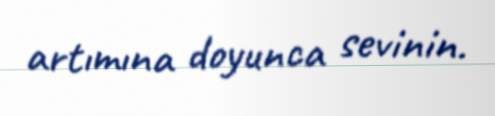
artımına doyunca sevinin.